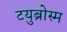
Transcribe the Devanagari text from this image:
टयुब्रोस्म